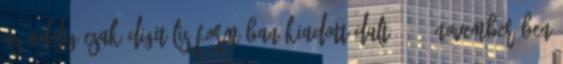
Az addig csak digitális formában kiadott dalt 2014. novemberében